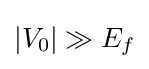
|V_{0}|\gg E_{f}